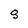
Character: 8